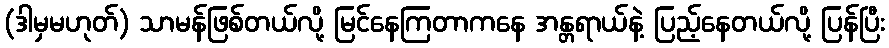
(ဒါမှမဟုတ်) သာမန်ဖြစ်တယ်လို့ မြင်နေကြတာကနေ အန္တရာယ်နဲ့ ပြည့်နေတယ်လို့ ပြန်ပြီး